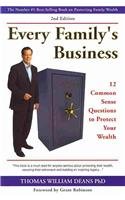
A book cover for Every Family's Business: 12 Common Sense Questions to Protect Your Wealth; Thomas William, Ph.d. Deans; Business & Money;